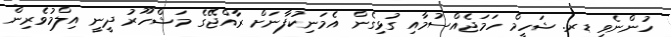
ހުންނެވި ޑރ. ޝަހީމް ހަމަޖެއްސުމާއި ގުޅިގެން އެމަނިކުފާނަށް ރާއްޖޭގެ މަޝްހޫރު ދީނީ އިލްމުވެރިން